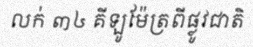
លក់ ៣៤ គីឡូម៉ែត្រពីផ្លូវជាតិ